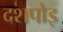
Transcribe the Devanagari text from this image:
दशपोइ